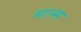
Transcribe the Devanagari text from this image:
मल्म